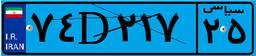
۳۲D۱۶۰۷۹